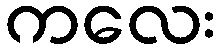
ကလေး